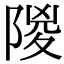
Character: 𨺡